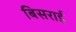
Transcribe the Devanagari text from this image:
बिसराई